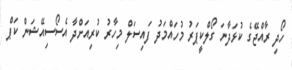
ހޯދި ރާއްޖޭގެ ކުޅަދާނަ ގޯލްކީޕަރު މުހައްމަދު ފައިސަލް މިހާރު ކުރިއަށްދާ އެސޯސިއޭޝަން ކަޕް